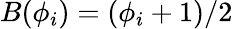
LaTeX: B(\phi_{i})=(\phi_{i}+1)/2